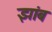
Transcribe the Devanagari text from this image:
झांब